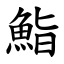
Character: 鮨